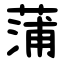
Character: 蒲